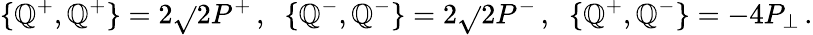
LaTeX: \{ \mathbb{Q}^{+},\mathbb{Q}^{+}\} =2\sqrt{}{{2}}P^{+}\, ,\; \; \{ \mathbb{Q}^{-},\mathbb{Q}^{-}\} =2\sqrt{}{{2}}P^{-}\, ,\; \; \{ \mathbb{Q}^{+},\mathbb{Q}^{-}\} =-4P_{\perp}\, .